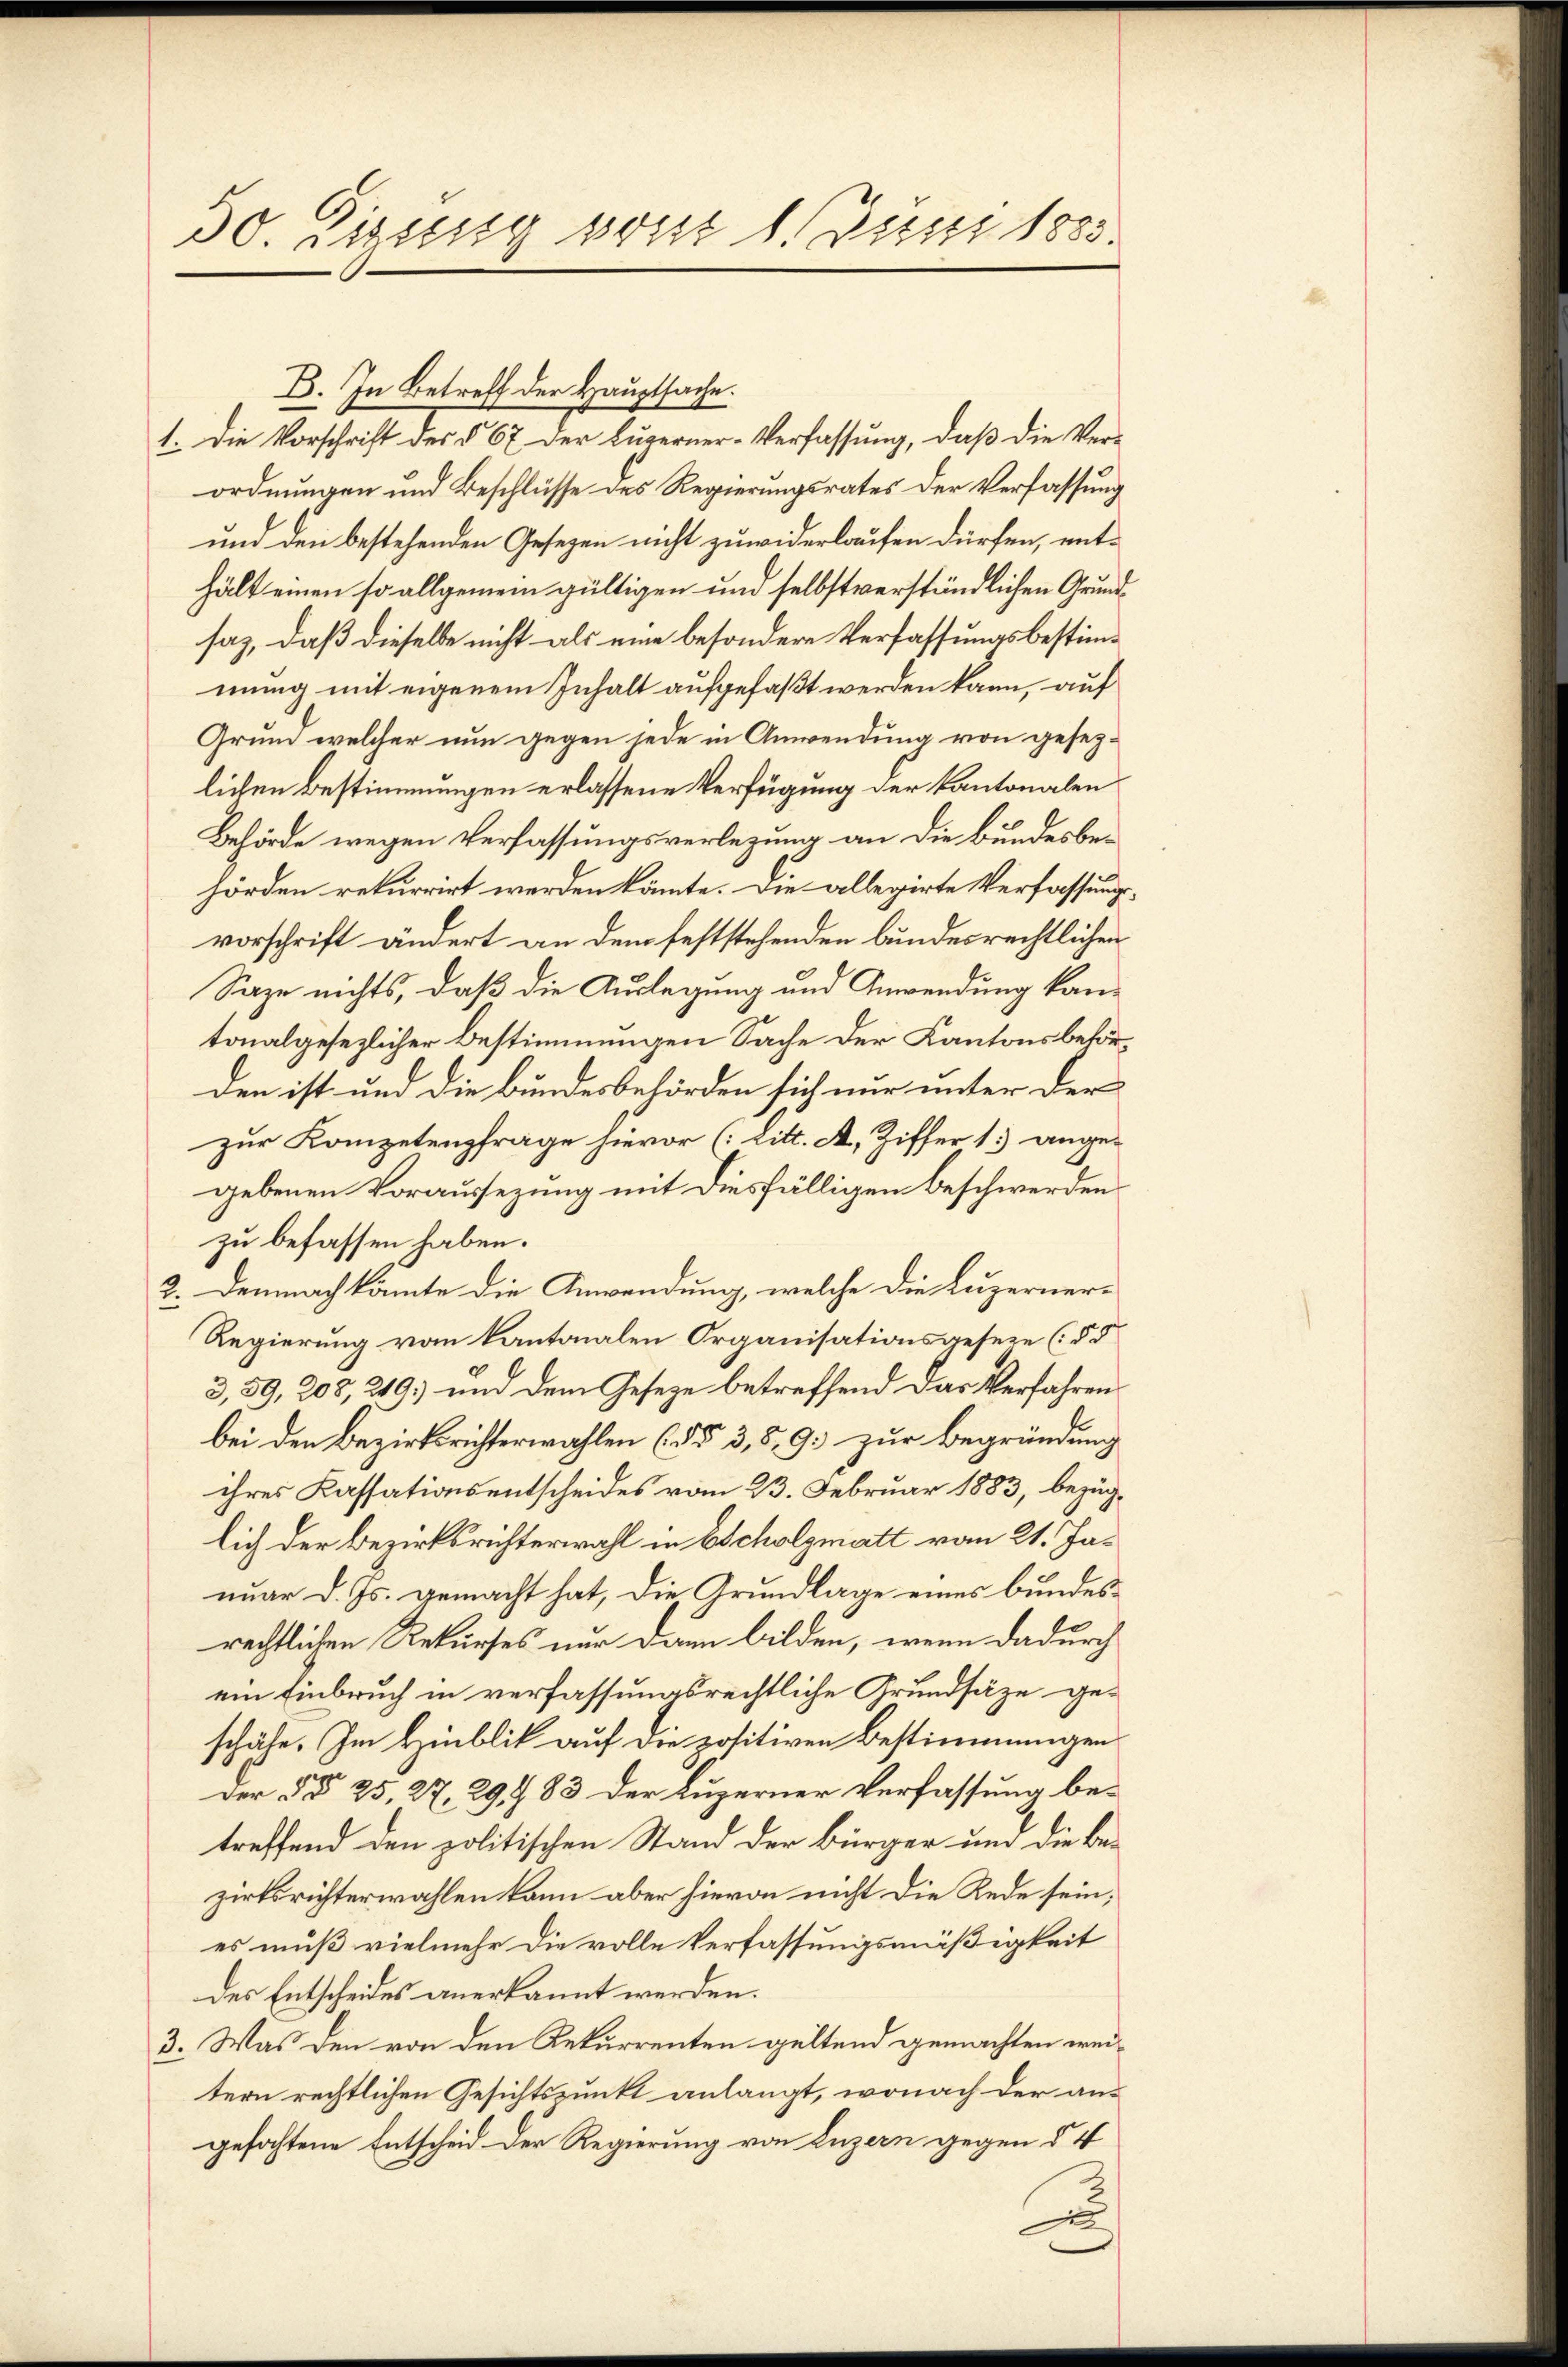
30. Sissig waist l. Juni 1883.

B. In Betreff der Hauptsache.
1. Die Vorschrift des § 67 der Lugerner-Verfassung, daß die Ver-
ordnungen und Beschlüsse des Regierungsrates der Verfassung
und den bestehenden Gesetzen nicht zuwiderlaufen dürfen, enthält einen so allgemein gültigen und selbstverständlichen Grundsaz, daß dieselbe nicht als eine besondere Verfassungsbestimmung mit eigenem Inhalt aufgefaßt werden kann, auf
Grund welcher nun gegen jede in Anwendung von gesezlichen Bestimmungen erlassene Verfügung der Kantonalen
Behörde wegen Verfassungsverlegung an die Bundesbehörden rekurrirt werden könnte. Die allegirte Verfassungsvorschrift ändert an dem feststehenden bundesrechtlichen
Saze nichts, daß die Auslegung und Anwendung kantonalgesezlicher Bestimmungen Sache der Kantonsbehörden ist und die Bundesbehörden sich nur unter der
zur Kompetenzfrage hievor (: Litt. A. Ziffer 1) angegebenen Voraussezung mit diesfälligen beschwerden
zu befassen haben.
2. Demnach kannte die Anwendung, welche die Luzerner-
Regierung vom kantonalen Organisationsgeseze (§ 5
3,59, 208, 249) und dem Geseze betreffend das Verfahren
bei den Bezirksrichterwahlen (da 3,59.) zur Begründung
ihres Kassationsentscheides vom 23. Februar 1883, bezüglich der Bezirksrichterwahl in Escholzmatt vom 21. Januar d. Js. gemacht hat, die Grundlage eines bundesrechtlichen Rekurses nur dann bilden, wenn dadurch
ein Einbruch in verfassungsrechtliche Grundsätze ge-
schäfe. Im Hinblik auf die positiven Bestimmungen
Der §§ 25, 27, 29,783 der Luzerner Verfassung betreffend den politischen Stand der Bürger um die bezirksrichterwahlen kann aber hievon nicht die Rede sein,
es muß vielmehr die volle Verfassungsmäßigkeit
des Entscheides anerkannt werden.
3. Was den von den Rekurrenten geltend gemachten weitern rechtlichen Gesichtspunkt anlangt, wonach der angefochtene Entscheid der Regierung von Luzern gegen § 4
n